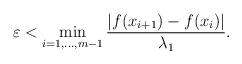
LaTeX: \begin{align*}\varepsilon<\min_{i=1,...,m-1} \frac{|f(x_{i+1})-f(x_i)|}{\lambda_1}.\end{align*}